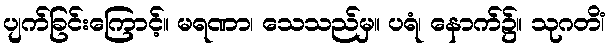
ပျက်ခြင်းကြောင့်။ မရဏာ၊ သေသည်မှ။ ပရံ၊ နောက်၌။ သုဂတိံ၊